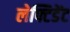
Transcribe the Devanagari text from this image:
लेफ्टिडेंट